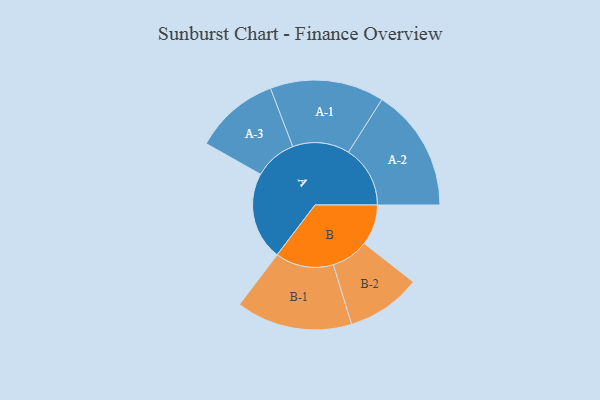
{"axis": {"x": "Segment", "y": "Value"}, "legend": ["", "A", "B"], "data": [{"x": "A", "y": 398, "type": ""}, {"x": "B", "y": 184, "type": ""}, {"x": "A-1", "y": 258, "type": "A"}, {"x": "A-2", "y": 279, "type": "A"}, {"x": "A-3", "y": 192, "type": "A"}, {"x": "B-1", "y": 263, "type": "B"}, {"x": "B-2", "y": 169, "type": "B"}]}